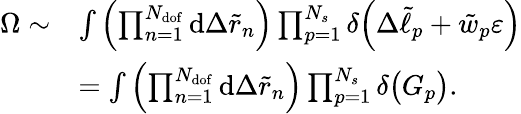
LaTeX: \begin{array}{rl}{\Omega\sim}&{\int{\left(\prod_{n=1}^{N_{\mathrm{dof}}}{\mathrm{d}\Delta\tilde{r}_{n}}\right)\prod_{p=1}^{N_{s}}{\delta\Big(\Delta\tilde{\ell}_{p}+\tilde{w}_{p}\varepsilon\Big)}}}\\ &{=\int{\left(\prod_{n=1}^{N_{\mathrm{dof}}}{\mathrm{d}\Delta\tilde{r}_{n}}\right)\prod_{p=1}^{N_{s}}{\delta\big(G_{p}\big)}}.}\end{array}